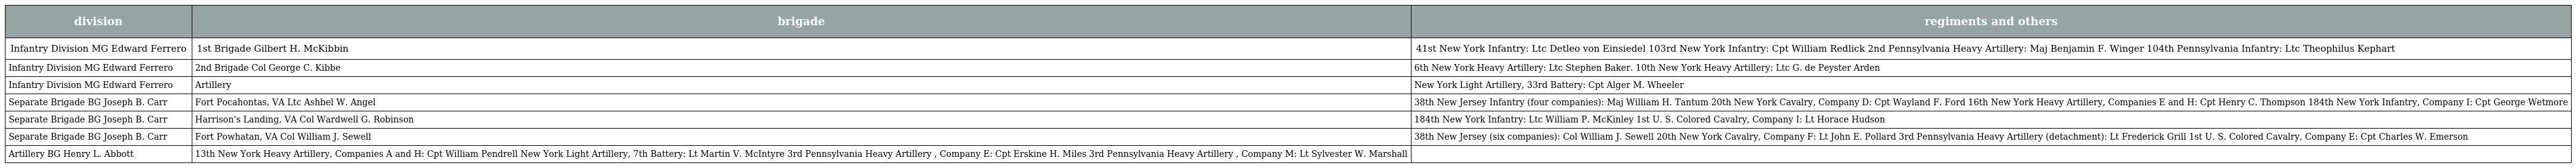
| division | brigade | regiments and others |
 | --- | --- | --- |
 | Infantry Division MG Edward Ferrero | 1st Brigade Gilbert H. McKibbin | 41st New York Infantry: Ltc Detleo von Einsiedel 103rd New York Infantry: Cpt William Redlick 2nd Pennsylvania Heavy Artillery: Maj Benjamin F. Winger 104th Pennsylvania Infantry: Ltc Theophilus Kephart |
 | Infantry Division MG Edward Ferrero | 2nd Brigade Col George C. Kibbe | 6th New York Heavy Artillery: Ltc Stephen Baker. 10th New York Heavy Artillery: Ltc G. de Peyster Arden |
 | Infantry Division MG Edward Ferrero | Artillery | New York Light Artillery, 33rd Battery: Cpt Alger M. Wheeler |
 | Separate Brigade BG Joseph B. Carr | Fort Pocahontas, VA Ltc Ashbel W. Angel | 38th New Jersey Infantry (four companies): Maj William H. Tantum 20th New York Cavalry, Company D: Cpt Wayland F. Ford 16th New York Heavy Artillery, Companies E and H: Cpt Henry C. Thompson 184th New York Infantry, Company I: Cpt George Wetmore |
 | Separate Brigade BG Joseph B. Carr | Harrison's Landing, VA Col Wardwell G. Robinson | 184th New York Infantry: Ltc William P. McKinley 1st U. S. Colored Cavalry, Company I: Lt Horace Hudson |
 | Separate Brigade BG Joseph B. Carr | Fort Powhatan, VA Col William J. Sewell | 38th New Jersey (six companies): Col William J. Sewell 20th New York Cavalry, Company F: Lt John E. Pollard 3rd Pennsylvania Heavy Artillery (detachment): Lt Frederick Grill 1st U. S. Colored Cavalry, Company E: Cpt Charles W. Emerson |
 | Artillery BG Henry L. Abbott | 13th New York Heavy Artillery, Companies A and H: Cpt William Pendrell New York Light Artillery, 7th Battery: Lt Martin V. McIntyre 3rd Pennsylvania Heavy Artillery , Company E: Cpt Erskine H. Miles 3rd Pennsylvania Heavy Artillery , Company M: Lt Sylvester W. Marshall |  |